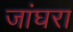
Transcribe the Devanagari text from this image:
जांघरा